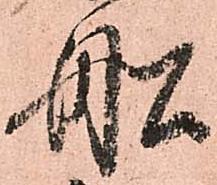
船